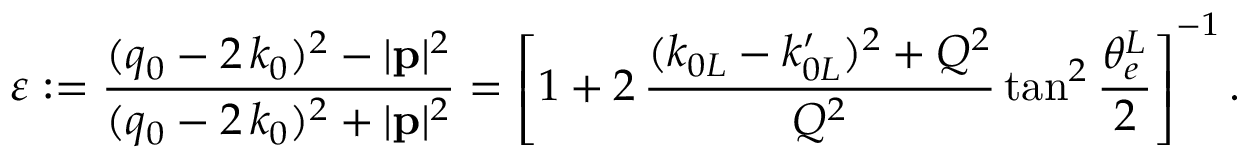
\varepsilon : = \frac { ( q _ { 0 } - 2 \, k _ { 0 } ) ^ { 2 } - | { \bf p } | ^ { 2 } } { ( q _ { 0 } - 2 \, k _ { 0 } ) ^ { 2 } + | { \bf p } | ^ { 2 } } = \left[ 1 + 2 \, \frac { ( k _ { 0 L } - k _ { 0 L } ^ { \prime } ) ^ { 2 } + Q ^ { 2 } } { Q ^ { 2 } } \tan ^ { 2 } { \frac { \theta _ { e } ^ { L } } { 2 } } \right] ^ { - 1 } .